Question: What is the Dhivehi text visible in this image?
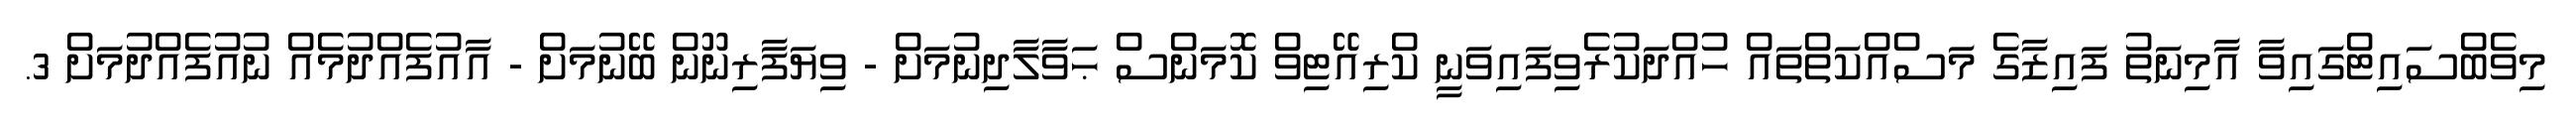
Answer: މިވެބްސައިޓްގައިވާ އާމިނަތު ފައިޒާގެ މަސްއްކަތްތައް ހުއްދަކުރެވިފައިވަނީ ކްރިއޭޓިވް ކޮމަންސް ޙަވާލާދިނުމަށް - ވިޔަފާރިނޫން ބޭނުމަށް - އާއުފެއްދުމެއް ނުއުފެއްދުމަށް 3.